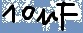
Text: 10µF